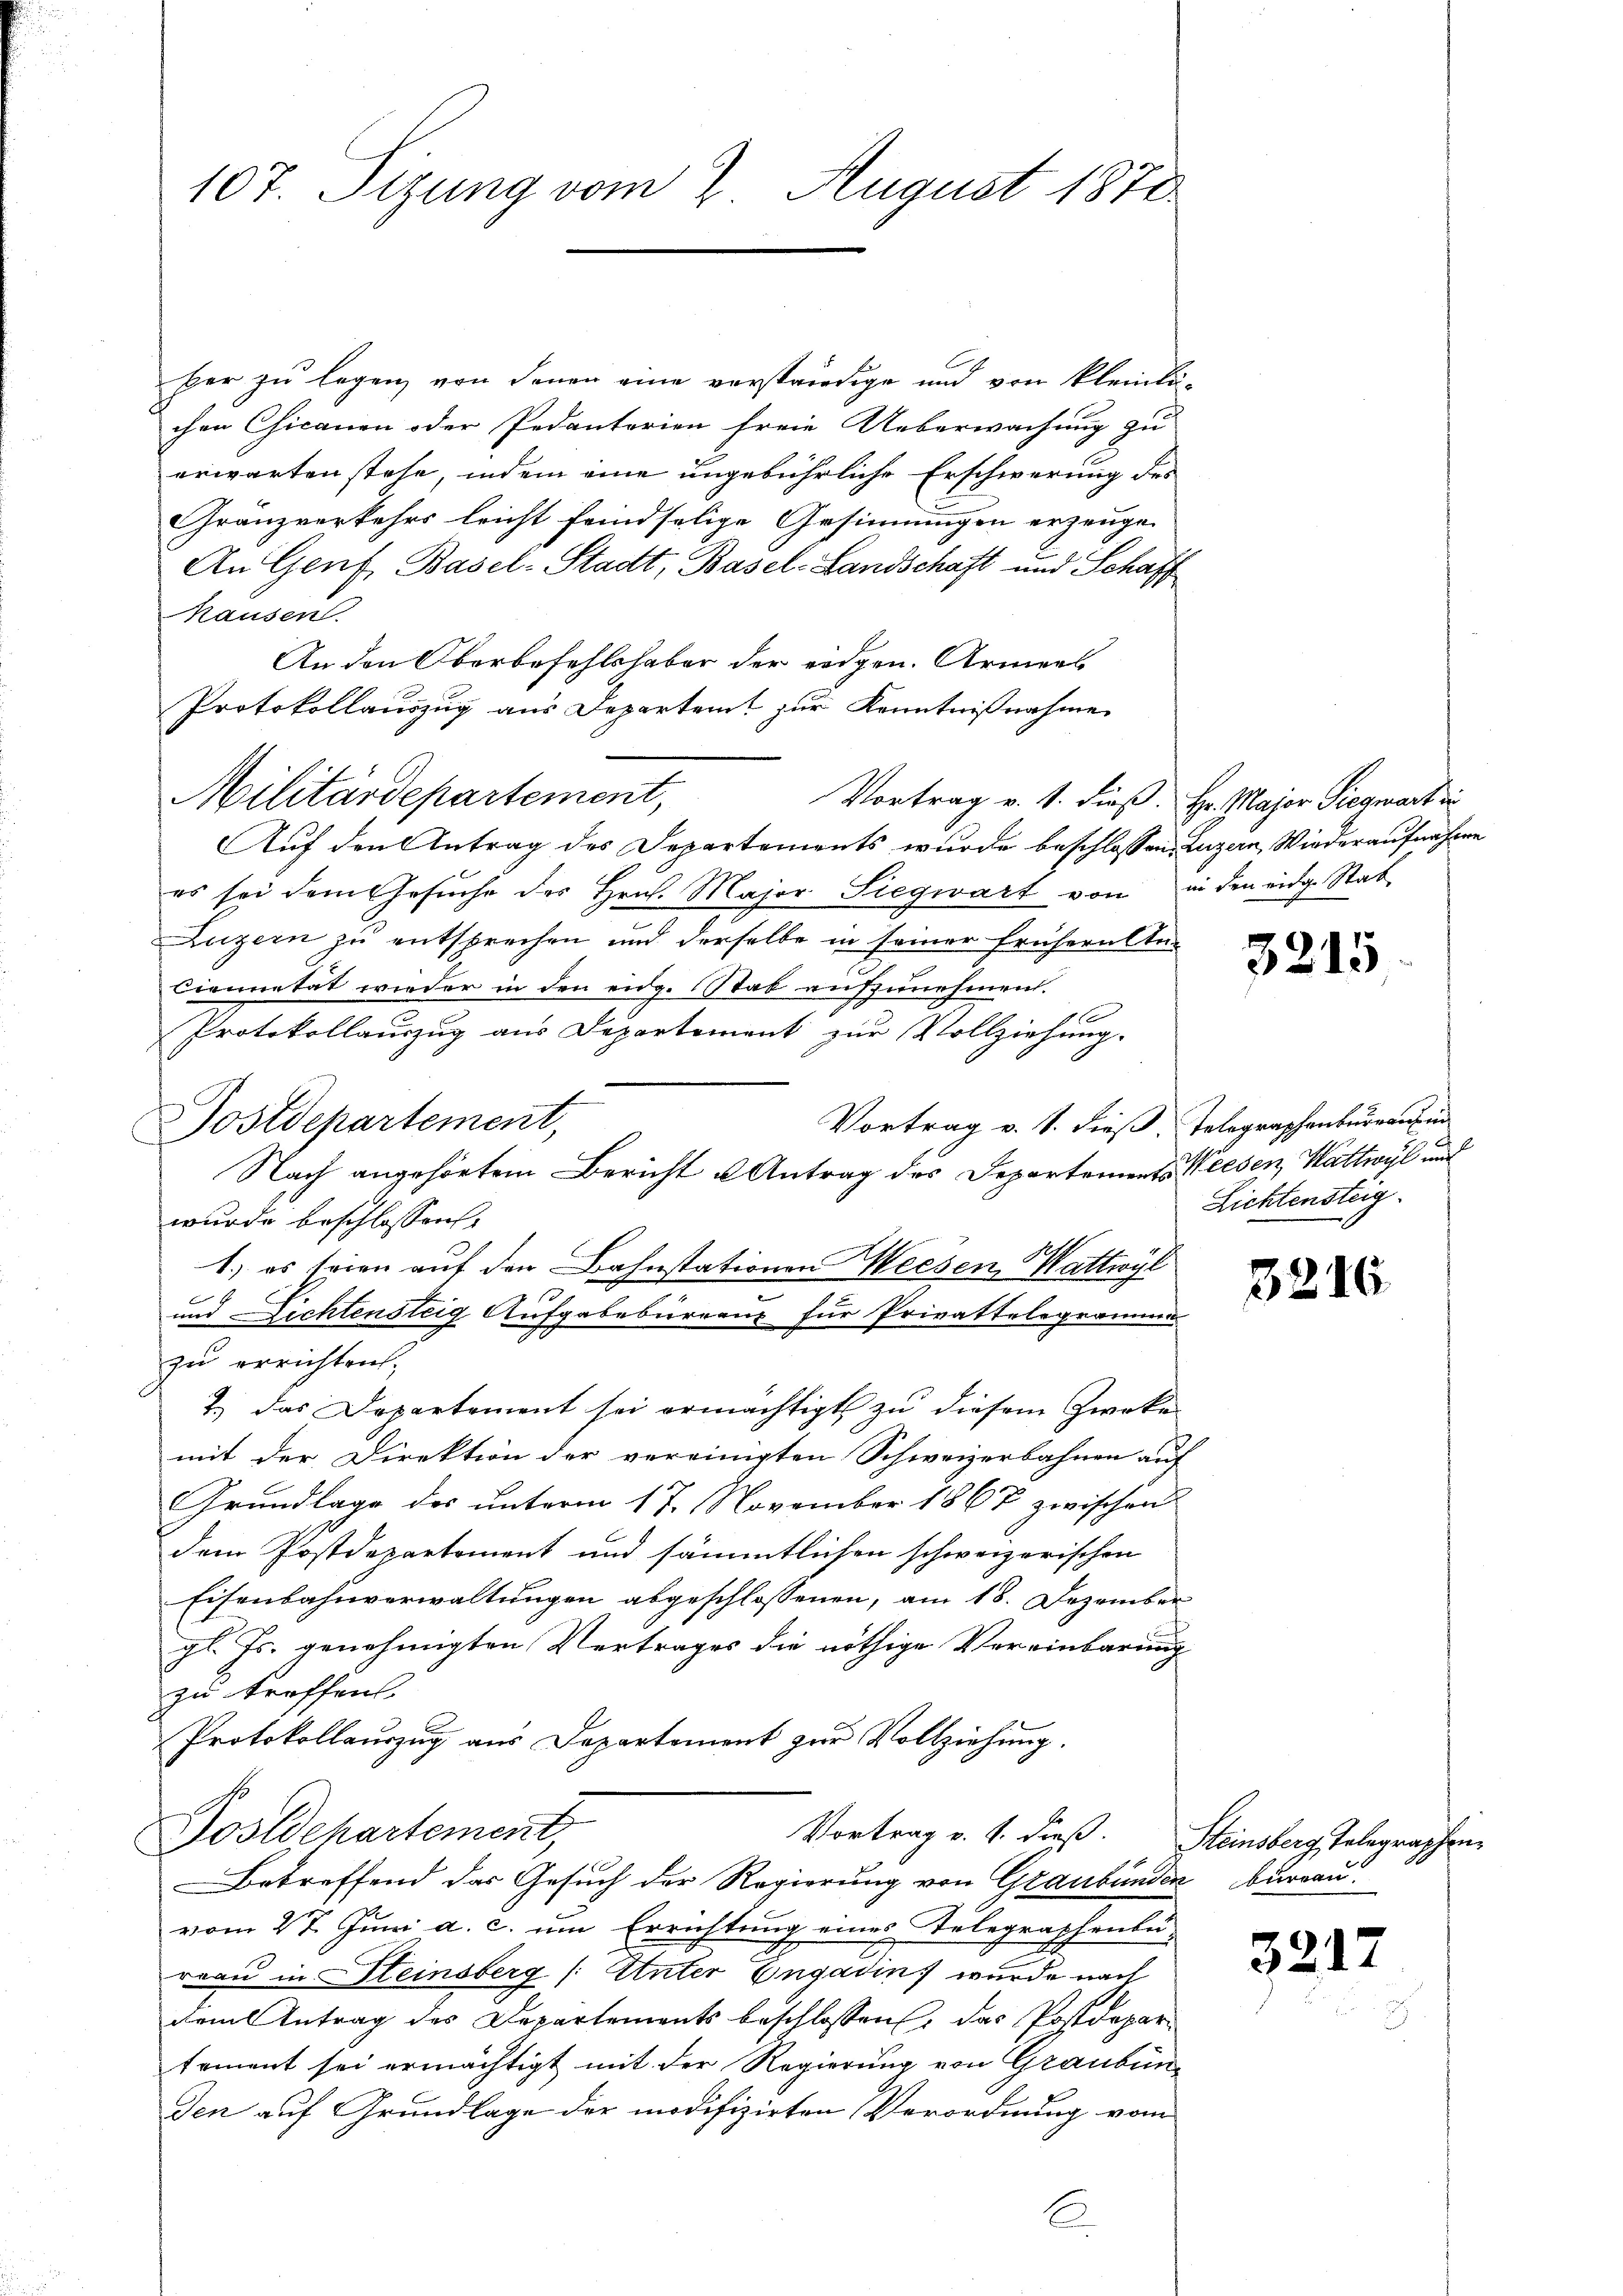
107. Sizung vom 2. August 1870

ber zu legen von denen eine verständige und von kleinla-
chen Chicanen oder Pedanterien freie Ueberwachung zu
erwarten stehe, indem eine ungebührliche Erschwerung des
Gränzverkehrs leicht feindselige Gesinnungen erzeuge.
An Genf, Basel-Stadt, Basel-Landschaft und Schaff
hausen.
An den Oberbefehlshaber der eidgen. Armens
Protokollauszug aus Departent zur Kenntnißnahme
Militärdepartement,
Vortrag v. 1. dieß. Hr. Major Siegwart in
Auf den Antrag des Departements wurde beschlossen, Luzern, Wiederaufnahme
es sei dem Gesŭche des Hrn. Major Siegwart von in den eidg. Stab
Luzern zu entsprechen und derselbe in seiner frühern An-
Ciennetät wieder in den eidg. Stab aufzunehmen.
Protokollauszug aus Departement zur Vollziehung.
Vortrag v. 1. dieß
Nach angehörtem Bericht u Antrag des Departements Weesen, Wattwyl und
wurde beschlossen:
1.) es seien auf den Bahnstationen Weesen Wattwyl
und Dichtensteig Aufgabeburranz für Privattelegrammen
zu errichten,
2.) Das Departement sei ermächtigt zu diesem Zweke
mit der Direktion der vereinigten Schweizerbahnen auf
Grundlage des unterm 17. November 1867 zwischen
dem Postdepartement und sämmtlichen schweizerischen
Eisenbahnverwaltungen abgeschlossenen, am 18. Dezember
gl. Ts. genehmigten Vertrages die nöthige Vereinbarung
zu treffen.
Protokollauszug aus Departement zur Vollziehung.
Postdepartement,
Vortrag v. 4. dieß. Steinsberg, Telegraphen-
Betreffend das Gesuch der Regierung von Graubünden bureau.
vom 27. Juni a. c. um Errichtung eines Telegraphenlu-
reau in Steinsberg (Unter Engadin, wurde nach
dem Antrag des Departements beschlossen, das Postdeparsement sei ermächtigt mit der Regierung von Graubünden auf Grundlage der modifizirten Verordnung vom

Postdepartement,

3215

Telegraphenbureau in
Licktensteg.

3216

3212